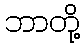
ဘာတို့